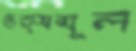
উত্সমূল